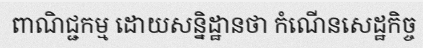
ពាណិជ្ជកម្ម ដោយសន្និដ្ឋានថា កំណើនសេដ្ឋកិច្ច